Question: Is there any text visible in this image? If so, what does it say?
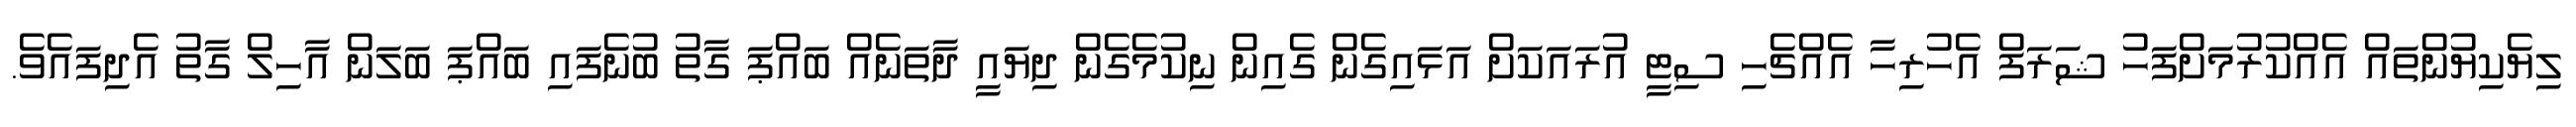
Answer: ލިޔެކިޔުންތައް އެއްކުރުމަށްފަހު ޝަރަފް އެހުރިހާ އެއްޗެހި ސިޓީ އުރައަކަށް އަޅައިގެން ގެއިން ނިކުމެގެން ދިޔައީ ދާތަނެއް ބައްޕަ ގާތު ބުނެފައި ބައްޕަ ބަލަން އާހިލް ގާތު އެދިފައެވެ.